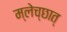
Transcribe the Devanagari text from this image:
म्लेच्छात्